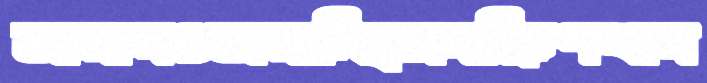
জামানওজমাচ্ছিসদক্ষিণখান